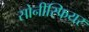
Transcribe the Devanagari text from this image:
सोनीस्फियर